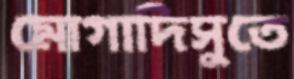
মোগাদিসুতে